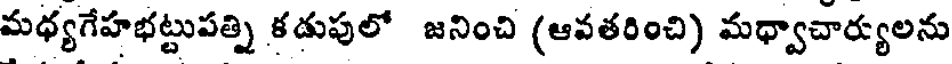
మధ్యగేహభట్టుపత్ని కడుపులో జనించి (ఆవతరించి) మధ్వాచార్యులను